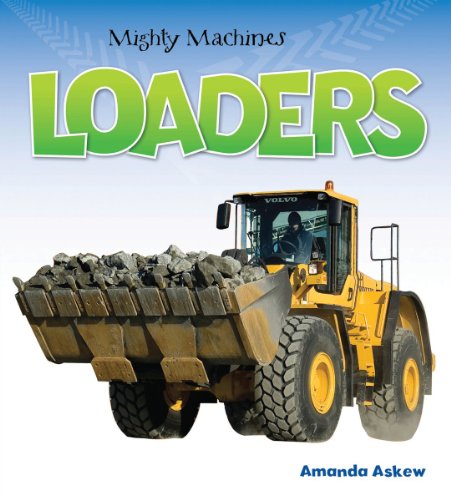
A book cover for Loaders (Mighty Machines); Amanda Askew; Children's Books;